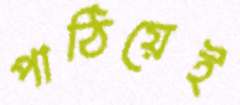
পাঠিয়েই